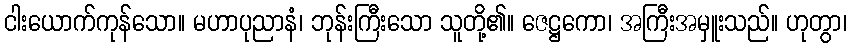
ငါးယောက်ကုန်သော။ မဟာပုညာနံ၊ ဘုန်းကြီးသော သူတို့၏။ ဇေဋ္ဌကော၊ အကြီးအမှူးသည်။ ဟုတွာ၊